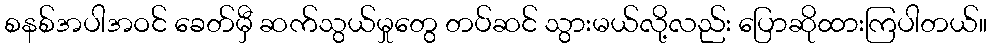
စနစ်အပါအဝင် ခေတ်မှီ ဆက်သွယ်မှုတွေ တပ်ဆင် သွားမယ်လို့လည်း ပြောဆိုထားကြပါတယ်။